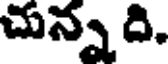
చున్న ది.